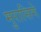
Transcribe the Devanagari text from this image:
मुरासिगे